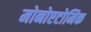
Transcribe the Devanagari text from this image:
मोनोएटोमिक